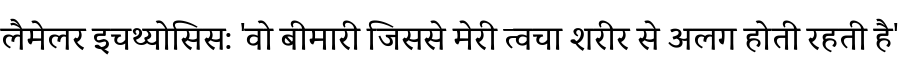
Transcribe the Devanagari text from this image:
लैमेलर इचथ्योसिस: 'वो बीमारी जिससे मेरी त्वचा शरीर से अलग होती रहती है'